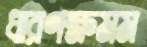
ধারণক্ষমম